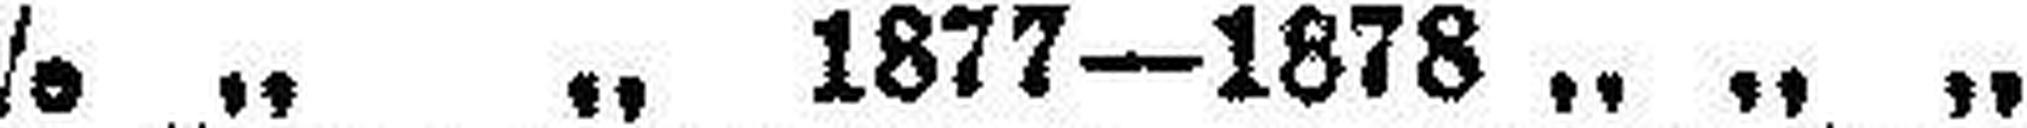
6% „ „ 1877—1878 „ „ „ „